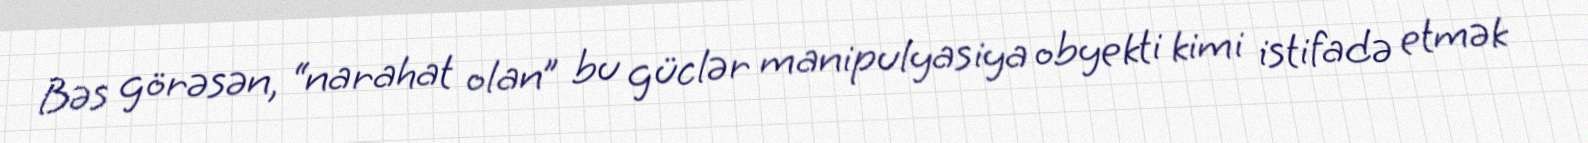
Bəs görəsən, “narahat olan” bu güclər manipulyasiya obyekti kimi istifadə etmək